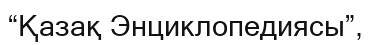
“Қазақ Энциклопедиясы”,